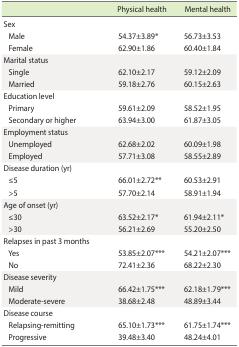
|  | Physical health | Mental health |
 | --- | --- | --- |
 | Sex |  |  |
 | Male | 54.37±3.89* | 56.73±3.53 |
 | Female | 62.90±1.86 | 60.40±1.84 |
 | Marital status |  |  |
 | Single | 62.10±2.17 | 59.12±2.09 |
 | Married | 59.18±2.76 | 60.15±2.63 |
 | Education level |  |  |
 | Primary | 59.61±2.09 | 58.52±1.95 |
 | Secondary or higher | 63.94±3.00 | 61.87±3.05 |
 | Employment status |  |  |
 | Unemployed | 62.68±2.02 | 60.09±1.98 |
 | Employed | 57.71±3.08 | 58.55±2.89 |
 | Disease duration (yr) |  |  |
 | ≤5 | 66.01±2.72** | 60.53±2.91 |
 | >5 | 57.70±2.14 | 58.91±1.94 |
 | Age of onset (yr) |  |  |
 | ≤30 | 63.52±2.17* | 61.94±2.11* |
 | >30 | 56.21±2.69 | 55.20±2.50 |
 | Relapses in past 3 months |  |  |
 | Yes | 53.85±2.07*** | 54.21±2.07*** |
 | No | 72.41±2.36 | 68.22±2.30 |
 | Disease severity |  |  |
 | Mild | 66.42±1.75*** | 62.18±1.79*** |
 | Moderate-severe | 38.68±2.48 | 48.89±3.44 |
 | Disease course |  |  |
 | Relapsing-remitting | 65.10±1.73*** | 61.75±1.74*** |
 | Progressive | 39.48±3.40 | 48.24±4.01 |